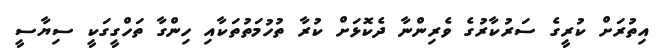
އިތުރަށް ކުރީގެ ސަރުކާރުގެ ވެރިންނާ ދެކޮޅަށް ކުރާ ތުހުމަތުތަކާއި ހިންގާ ތަހްގީގަކީ ސިޔާސީ